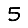
Digit: 5